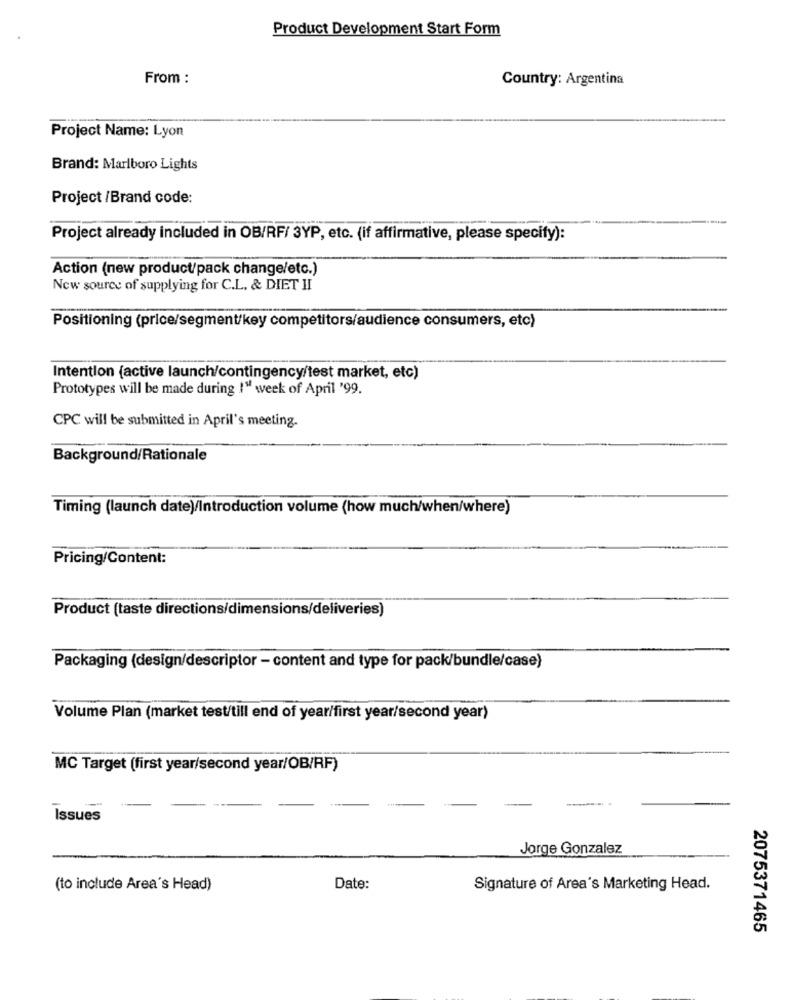
Product Development Start Form
From :
Country: Argentina
Project Name: Lyon
Brand: Marlboro Lights
Project /Brand code:
Project already included in OB/RF/ 3YP, etc. (if affirmative, please specify):
Action (new product/pack change/etc.)
New source of supplying for C.L. & DIET HI
Positioning (price/segment/key competitors/audience consumers, etc)
Intention (active launch/contingency/test market, etc)
Prototypes will be made during I'M week of April '99.
CPC will be submitted in April's meeting.
Background/Rationale
Timing (launch date)/Introduction volume (how much/when/where)
Pricing/Content:
Product (taste directions/dimensions/deliveries)
Packaging (design/descriptor - content and type for pack/bundle/case)
Volume Plan (market test/till end of year/first year/second year)
MC Target (first year/second year/OB/RF)
Issues
Jorge Gonzalez
(to include Area's Head)
Date:
Signature of Area's Marketing Head.
2075371465